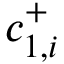
c _ { 1 , i } ^ { + }